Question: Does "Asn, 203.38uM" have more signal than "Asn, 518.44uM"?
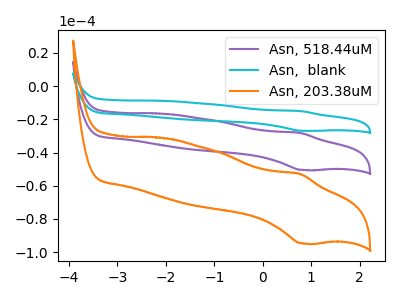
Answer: <think>The purple curve "Asn, 518.44uM" has an anodic peak at (0.75V, -28.15uA) and a cathodic peak at (0.85V, -50.50uA). The cyan curve "Asn,  blank" has an anodic peak at (0.75V, -56.30uA) and a cathodic peak at (0.85V, -101.00uA). The orange curve "Asn, 203.38uM" has an anodic peak at (0.75V, -52.85uA) and a cathodic peak at (0.85V, -94.80uA).
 All the peaks in "Asn, 203.38uM" have a peak in "Asn, 518.44uM" at the same potential.</think>
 <answer>I cant tell if "Asn, 203.38uM" or "Asn, 518.44uM" has more signal.</answer>
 <eval>mixed_signal</eval>